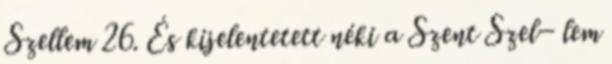
Szellem 26. És kijelentetett néki a Szent Szel− lem